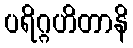
ပရိဂ္ဂဟိတာနိ